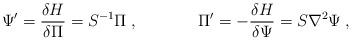
LaTeX: \begin{align*}\Psi' = \frac{\delta H}{\delta \Pi}= S^{-1} \Pi \; , ~~~~~~~~~~~\Pi' = -\frac{\delta H}{\delta \Psi}= S \nabla^2\Psi \;,\end{align*}